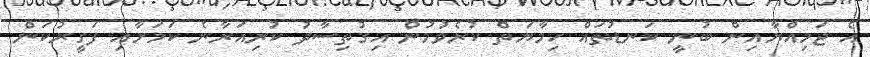
އެ ޖަމިއްޔާއިން ބުނީ ކަނޑުތައް ހިމާޔަތް ކުރެވުމުން އިގުތިސާދު ކުރިއަރާނެ ކަމަށާއި ފަގީރުކަން